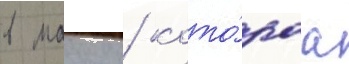
в маику / кото́раа